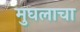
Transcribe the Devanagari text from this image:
मुघलाचा